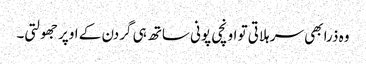
وہ ذرا بھی سر ہلاتی تو اونچی پونی ساتھ ہی گردن کے اوپر جھولتی۔